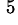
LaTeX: ^{\, 5}